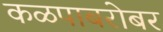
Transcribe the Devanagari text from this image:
कळपाबरोबर